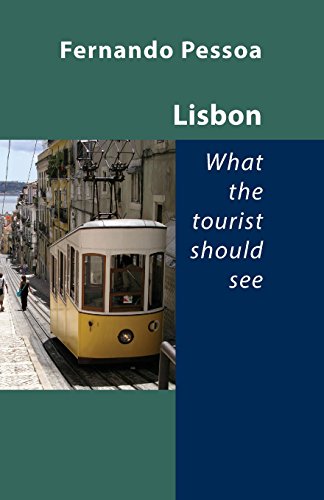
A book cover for Lisbon - What the Tourist Should See; Fernando Pessoa; Travel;